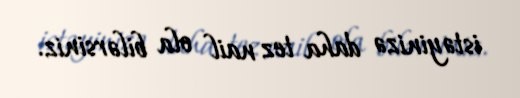
istəyinizə daha tez nail ola bilərsiniz.